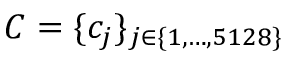
C = \{ c _ { j } \} _ { j \in \{ 1 , \dots , 5 1 2 8 \} }